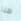
هنا